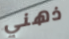
ذهني